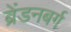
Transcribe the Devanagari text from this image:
ब्रेंडनबर्ग